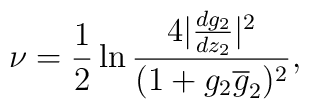
\nu = \frac{1}{2} \ln \frac{4|\frac{dg_{2}}{dz_{2}}|^{2}}{(1+ g_{2}\overline{g}_{2})^{2}},